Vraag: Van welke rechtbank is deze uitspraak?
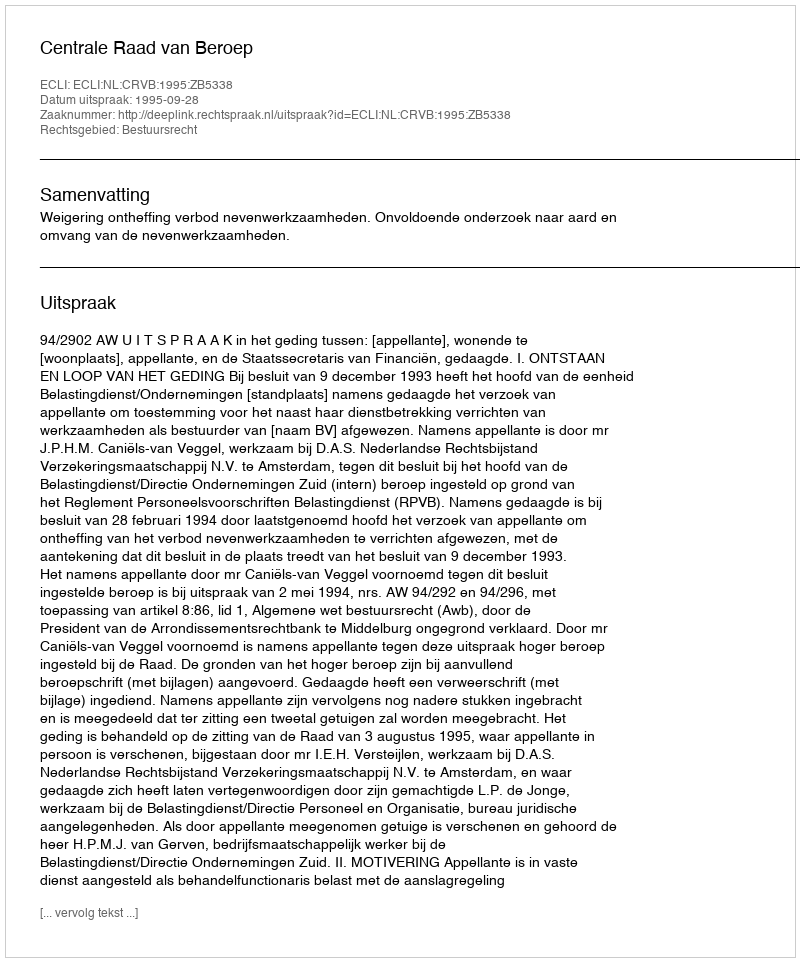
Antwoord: Centrale Raad van Beroep